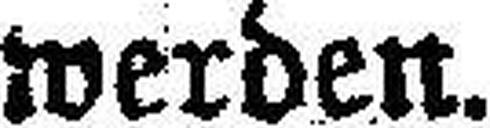
werden.